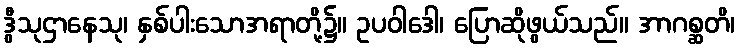
ဒွီသုဌာနေသု၊ နှစ်ပါးသောအရာတို့၌။ ဥပဝါဒေါ၊ ပြောဆိုဖွယ်သည်။ အာဂစ္ဆတိ၊